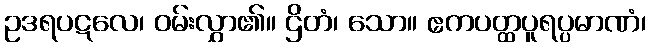
ဥဒရပဋလေ၊ ဝမ်းလွှာ၏။ ဌိတံ၊ သော။ ဧကပတ္ထပူရပ္ပမာဏံ၊